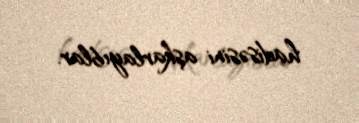
hadisəsini aşkarlayıblar.